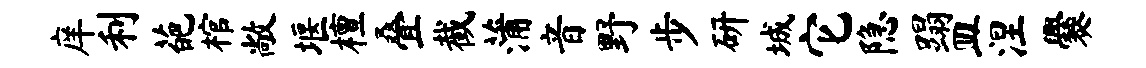
庠利葩棺敞堰檀叠截蒲音野步研城它隐蹋皿涅爨